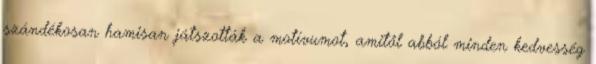
szándékosan hamisan játszották a motívumot, amitől abból minden kedvesség